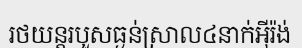
រថយន្តរបួសធ្ងន់ស្រាល៤នាក់អ៊ីរ៉ង់